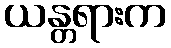
ယန္တရားက